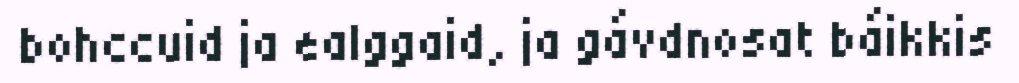
bohccuid ja ealggaid, ja gávdnosat báikkis